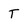
Character: T